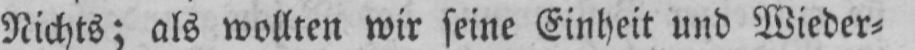
Nichts; als wollten wir seine Einheit und Wieder⸗